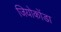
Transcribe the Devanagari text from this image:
जियोकोंडा